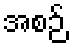
အစဉ်